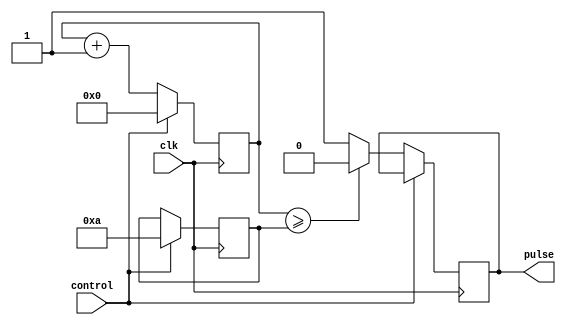
module pulse_width_generator (
    input wire clk,
    input wire control,
    output reg pulse
);

reg [7:0] counter;
reg [4:0] width;

always @(posedge clk) begin
    if (control) begin
        counter <= 8'd0;
        width <= 5'd10; // example width value, adjust as needed
    end
    else begin
        counter <= counter + 1;
        if (counter >= width)
            pulse <= 1'b0;
        else
            pulse <= 1'b1;
    end
end

endmodule